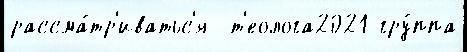
рассма́тр'иватьс'я  т'еолога2021 гру́ппа